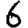
Digit: 6